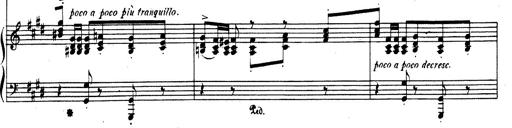
Title: Rhapsodie espagnole
Composer: Franz Liszt